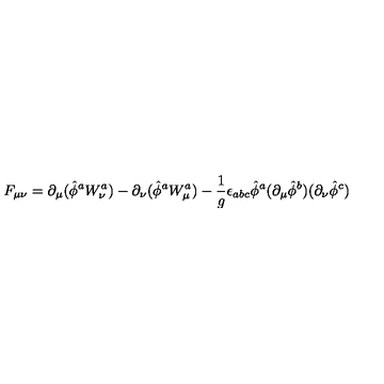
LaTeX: F _ { \mu \nu } = \partial _ { \mu } ( \hat { \phi } ^ { a } W _ { \nu } ^ { a } ) - \partial _ { \nu } ( \hat { \phi } ^ { a } W _ { \mu } ^ { a } ) - { \frac { 1 } { g } } \epsilon _ { a b c } \hat { \phi } ^ { a } ( \partial _ { \mu } \hat { \phi } ^ { b } ) ( \partial _ { \nu } \hat { \phi } ^ { c } )